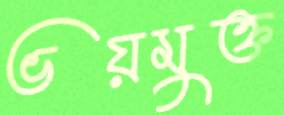
ভয়মুক্ত